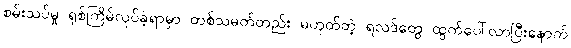
စမ်းသပ်မှု ရှစ်ကြိမ်လုပ်ခဲ့ရာမှာ တစ်သမတ်တည်း မဟုတ်တဲ့ ရလဒ်တွေ ထွက်ပေါ်လာပြီးနောက်